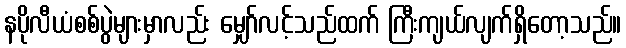
နပိုလီယံစစ်ပွဲများမှာလည်း မျှော်လင့်သည်ထက် ကြီးကျယ်လျက်ရှိတော့သည်။